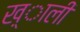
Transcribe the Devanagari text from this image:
ख़्ाली